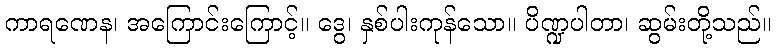
ကာရဏေန၊ အကြောင်းကြောင့်။ ဒွေ၊ နှစ်ပါးကုန်သော။ ပိဏ္ဍပါတာ၊ ဆွမ်းတို့သည်။